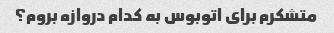
متشکرم برای اتوبوس به کدام دروازه بروم؟